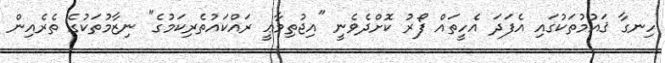
ހިނގާ ޤައުމުތަކުގައި އެފަދަ އެހީތައް ފޯރު ކޮށްދެވެނީ "އިޖުތިމާޢީ ރައްކައުތެރިކަމުގެ" ނިޒާމުތަކުގެ ތެރެއިން